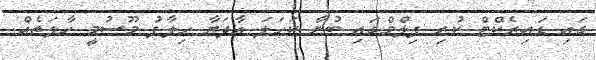
ގައި ޑައިރެކްޓް ކުރި ފިލްމްގައި ބުނާ ކަހަލަ އާދަޔާ ހިލާފު މޫސުމީ ހާލަތެއް